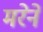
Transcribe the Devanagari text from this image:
मरेने